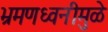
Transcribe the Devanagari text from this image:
भ्रमणध्वनीमुळे